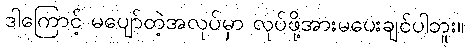
ဒါကြောင့် မပျော်တဲ့အလုပ်မှာ လုပ်ဖို့အားမပေးချင်ပါဘူး။